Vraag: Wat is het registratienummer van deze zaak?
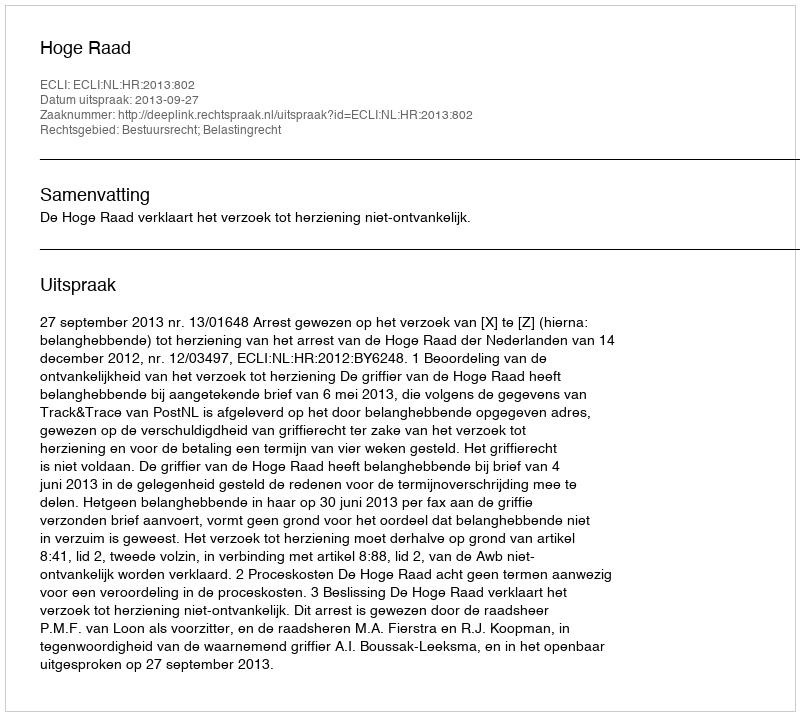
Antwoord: http://deeplink.rechtspraak.nl/uitspraak?id=ECLI:NL:HR:2013:802